Calcutta medical institutions reports 1871-78
Year: 1871
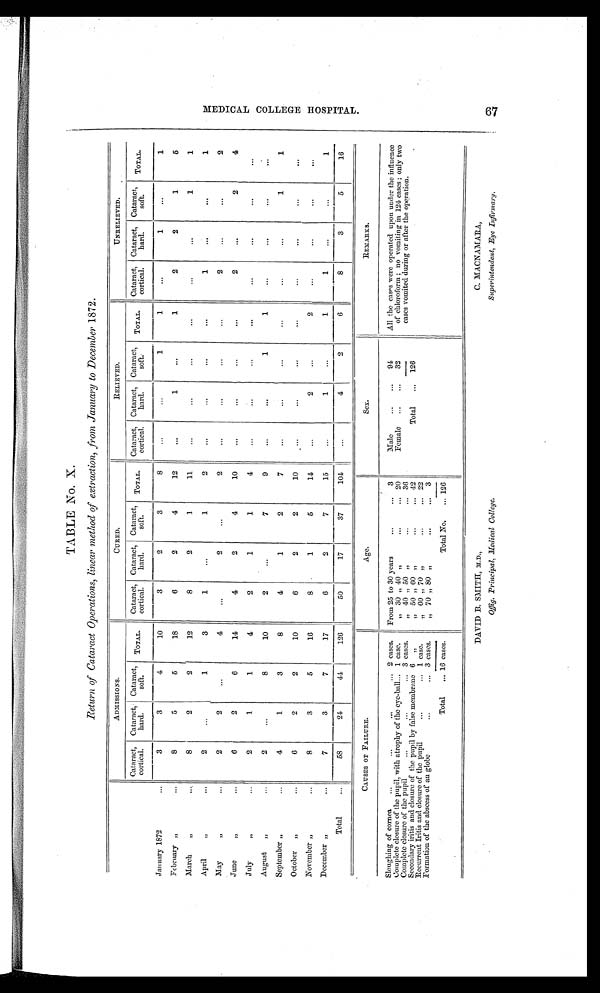
TABLE No. X.
Return of Cataract Operations, linear method of extraction, from January to December 1872.
ADMISSIONS.
CURED.
RELIEVED.
UNRELIEVED.
Cataract,
cortical.
Cataract,
hard.
Cataract,
soft.
TOTAL.
Cataract,
cortical.
Cataract,
hard.
Cataract,
soft.
TOTAL. Cataract,
cortical.
Cataract,
hard.
Cataract,
soft.
TOTAL. Cataract,
cortical.
Cataract,
hard.
Cataract,
soft.
TOTAL.
January 1872
3
3
4
10
3
2
3
8
. . .
...
1
1
. . .
1
...
1
February ,,
8
5
5
18
6
2
4
12
...
1
...
1
2
2
1
5
March
„
8
2
2
12
8
2
1
11
. . .
...
...
. . .
...
...
1
1
April,,
2
...
1
3
1
...
1
2
...
...
...
...
1
...
...
1
May
,,
2
2
. . .
4
...
2
...
2
. . .
...
...
...
2
...
...
2
June,,
6
2
6
14
4
2
4
10
. . .
...
. . .
. . .
2
...
2
4
July
,,
2
1
1
4
2
1
1
4
. . . ...
...
...
...
...
...
. . .
August ,,
2
...
8
10
2
...
7
9
...
...
1
1
...
. . .
. . .
. . .
September ,,
4
1
3
8
4
1
2
7
...
...
...
. . .
...
...
1
1
October ,,
6
2
2
10
6
2
2
10
. . .
...
...
...
...
...
...
...
November ,,
8
3
5
16
8
1
5
14
...
2
...
2
...
...
...
. . .
December ,,
7
3
7
17
6
2
7
15
. . .
1
...
1
1
. . .
...
1
Total
58
24
44
126 50
17
37
1 0 4
. . .
4
2
6
8
3
5
16
CAUSES OF FAILURE.
Age.
Sex.
REMARKS.
Sloughing of cornea
2 cases. From 25 to 30 years
3
Male
94
All the cases were operated upon under the influence
of chloroform; no vomiting in 124 cases; only two
cases vomited during or after the operation.
C o m p l e t e c l o s u r e o f t h e p u p i l , w i t h a t r o p h y o f t h e e y e - b a l l 1 case.
, , 3 0 , , 4 0 , ,
20
Female
32
C o m p l e t e c l o s u r e o f t h e p u p i l 3 cases.
, , 4 0 , , 5 0 , ,
3 6
Total
126
S e c o n d a r y i r i t i s a n d c l o s u r e o f t h e p u p i l b y f a l s e m e m b r a n e 6 „
, , 5 0 , , 6 0 , ,
4 2
R e c u r r e n t I r i t i s a n d c l o s u r e o f t h e p u p i l
, , 6 0 , , 7 0 , ,
22
F o r m a t i o n o f t h e a b s c e s s o f a n g l o b e 3 cases.
, , 7 0 , , 8 0 , ,
3
Total
,.. 16 cases.
Total No.
126
DAVID B. SMITH, M.D.,
C. MACNAMARA,
Offig. Principal, Medical College. Superintendent, Eye Infirmary.